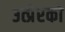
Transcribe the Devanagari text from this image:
उत्प्रेरको